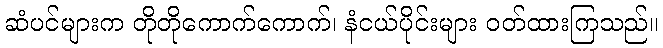
ဆံပင်များက တိုတိုကောက်ကောက်၊ နံငယ်ပိုင်းများ ဝတ်ထားကြသည်။